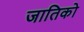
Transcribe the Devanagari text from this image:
जातिको